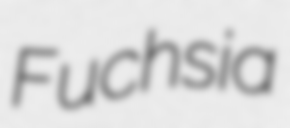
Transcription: Fuchsia